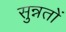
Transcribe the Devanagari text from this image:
सुन्नतों